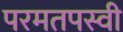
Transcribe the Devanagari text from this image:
परमतपस्वी